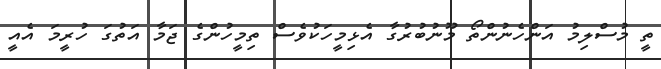
ތީ މުސްލިމު އަންހެނުންތޯ މޫނުބުރުގާ އެޅިމީހަކުވެސް ތިމީހުންގެ ޖަމާ އަތުގަ ހުރީމަ އެއީ